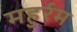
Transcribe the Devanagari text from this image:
महुर्रम